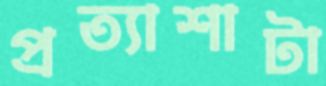
প্রত্যাশাটা